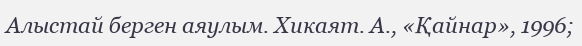
Алыстай берген аяулым. Хикаят. А., «Қайнар», 1996;